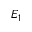
E _ { 1 }